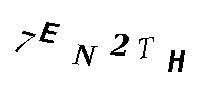
7EN2TH